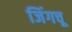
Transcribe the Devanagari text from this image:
जिंगचू